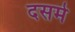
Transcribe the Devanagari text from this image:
दसमे